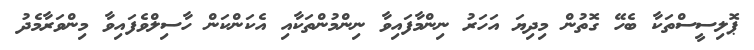
ޕޮލިސީސްތަކާ ބެހޭ ގޮތުން މިދިޔަ އަހަރު ނިންމާފައިވާ ނިންމުންތަކާއި އެކަންކަން ހާސިލްވެފައިވާ މިންވަރާމެދު